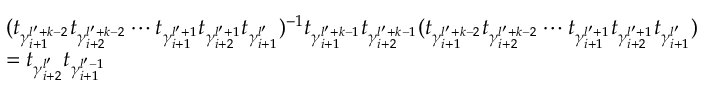
\begin{array} { r l } & { ( t _ { \gamma _ { i + 1 } ^ { l ^ { \prime } + k - 2 } } t _ { \gamma _ { i + 2 } ^ { l ^ { \prime } + k - 2 } } \cdots t _ { \gamma _ { i + 1 } ^ { l ^ { \prime } + 1 } } t _ { \gamma _ { i + 2 } ^ { l ^ { \prime } + 1 } } t _ { \gamma _ { i + 1 } ^ { l ^ { \prime } } } ) ^ { - 1 } t _ { \gamma _ { i + 1 } ^ { l ^ { \prime } + k - 1 } } t _ { \gamma _ { i + 2 } ^ { l ^ { \prime } + k - 1 } } ( t _ { \gamma _ { i + 1 } ^ { l ^ { \prime } + k - 2 } } t _ { \gamma _ { i + 2 } ^ { l ^ { \prime } + k - 2 } } \cdots t _ { \gamma _ { i + 1 } ^ { l ^ { \prime } + 1 } } t _ { \gamma _ { i + 2 } ^ { l ^ { \prime } + 1 } } t _ { \gamma _ { i + 1 } ^ { l ^ { \prime } } } ) } \\ & { = t _ { \gamma _ { i + 2 } ^ { l ^ { \prime } } } t _ { \gamma _ { i + 1 } ^ { l ^ { \prime } - 1 } } } \end{array}